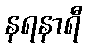
နရနာရီ